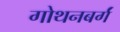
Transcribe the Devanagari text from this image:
गोथनबर्गं